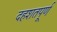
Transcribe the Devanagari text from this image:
दहशतपूर्ण